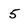
Character: 5